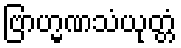
ဗြာဟ္မဏသံယုတ္တံ